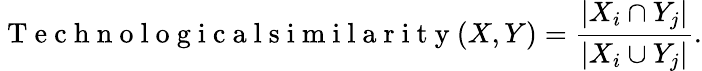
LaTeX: \mathrm{~T~e~c~h~n~o~l~o~g~i~c~a~l~s~i~m~i~l~a~r~i~t~y~}(X,Y)=\frac{|X_{i}\cap Y_{j}|}{|X_{i}\cup Y_{j}|}.